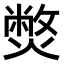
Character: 𤎨